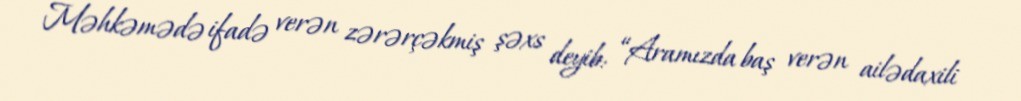
Məhkəmədə ifadə verən zərərçəkmiş şəxs deyib: “Aramızda baş verən ailədaxili